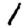
Digit: 1